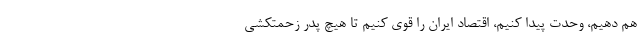
هم دهیم، وحدت پیدا کنیم، اقتصاد ایران را قوی کنیم تا هیچ پدر زحمتکشی